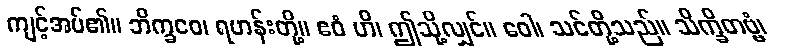
ကျင့်အပ်၏။ ဘိက္ခဝေ၊ ရဟန်းတို့။ ဧဝံ ဟိ၊ ဤသို့လျှင်။ ဝေါ၊ သင်တို့သည်။ သိက္ခိတဗ္ဗံ၊